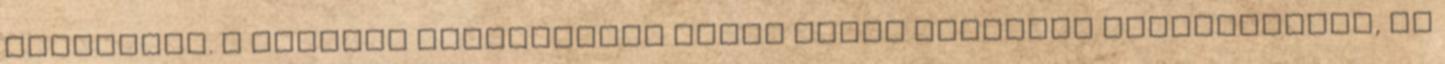
másképpen. A support képességeid pedig plusz előnyhöz juttathatnak, ha